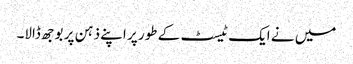
میں نے ایک ٹیسٹ کے طور پر اپنے ذہن پر بوجھ ڈالا۔